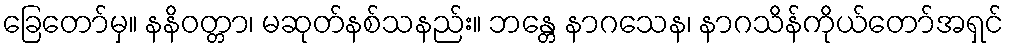
ခြေတော်မှ။ နနိဝတ္တာ၊ မဆုတ်နစ်သနည်း။ ဘန္တေ နာဂသေန၊ နာဂသိန်ကိုယ်တော်အရှင်